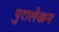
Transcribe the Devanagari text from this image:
पुरालेखन